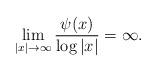
LaTeX: \begin{align*}\lim_{|x| \to \infty} \frac{\psi(x)}{\log |x|} = \infty.\end{align*}